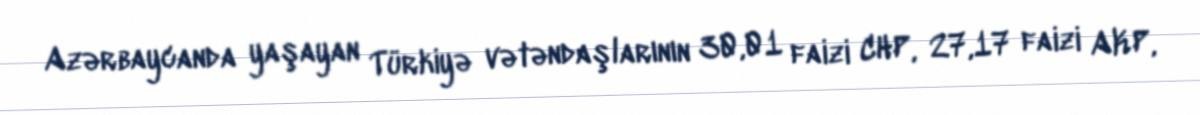
Azərbaycanda yaşayan Türkiyə vətəndaşlarının 30,01 faizi CHP, 27,17 faizi AKP,